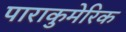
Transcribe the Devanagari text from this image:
पाराकुमेरिक